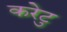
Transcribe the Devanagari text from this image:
करेटु